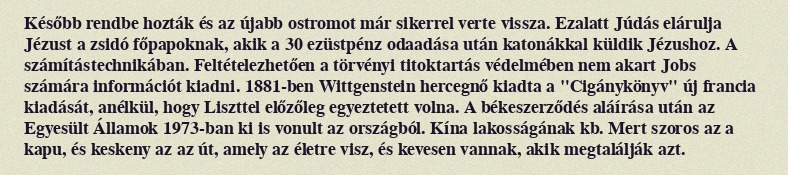
Később rendbe hozták és az újabb ostromot már sikerrel verte vissza. Ezalatt Júdás elárulja Jézust a zsidó főpapoknak, akik a 30 ezüstpénz odaadása után katonákkal küldik Jézushoz. A számítástechnikában. Feltételezhetően a törvényi titoktartás védelmében nem akart Jobs számára információt kiadni. 1881-ben Wittgenstein hercegnő kiadta a "Cigánykönyv" új francia kiadását, anélkül, hogy Liszttel előzőleg egyeztetett volna. A békeszerződés aláírása után az Egyesült Államok 1973-ban ki is vonult az országból. Kína lakosságának kb. Mert szoros az a kapu, és keskeny az az út, amely az életre visz, és kevesen vannak, akik megtalálják azt.